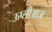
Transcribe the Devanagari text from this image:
ऊप्लीआज़